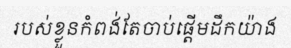
របស់ខ្លួនកំពង់តែចាប់ផ្តើមដឹកយ៉ាង